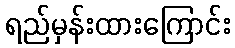
ရည်မှန်းထားကြောင်း